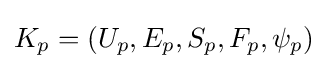
K_{p}=(U_{p},E_{p},S_{p},F_{p},\psi _{p})